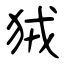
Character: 狨